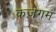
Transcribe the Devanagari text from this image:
कज़गम